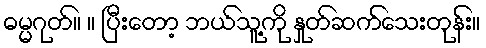
ဓမ္မဂုတ်။ ။ ပြီးတော့ ဘယ်သူ့ကို နှုတ်ဆက်သေးတုန်း။